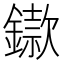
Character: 䥗